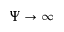
\Psi \rightarrow \infty